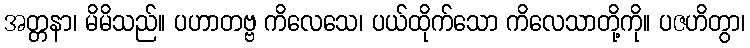
အတ္တနာ၊ မိမိသည်။ ပဟာတဗ္ဗ ကိလေသေ၊ ပယ်ထိုက်သော ကိလေသာတို့ကို။ ပဇဟိတွာ၊